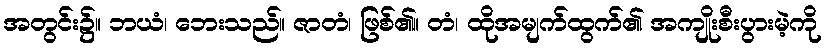
အတွင်း၌။ ဘယံ၊ ဘေးသည်။ ဇာတံ၊ ဖြစ်၏။ တံ၊ ထိုအမျက်ထွက်၏ အကျိုးစီးပွားမဲ့ကို